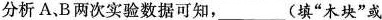
分析A、B两次实验数据可知，___（填”木块”或